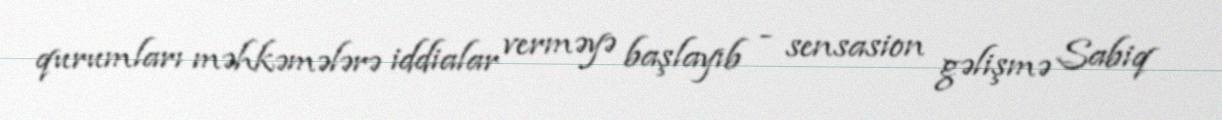
qurumları məhkəmələrə iddialar verməyə başlayıb - sensasion gəlişmə Sabiq